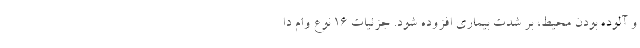
و آلوده بودن محیط، بر شدت بیماری افزوده شود. جزئیات ۱۶ نوع وام دا